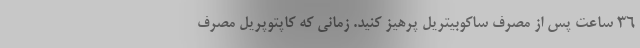
36 ساعت پس از مصرف ساکوبیتریل پرهیز کنید. زمانی که کاپتوپریل مصرف